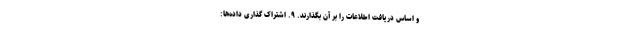
و اساس دریافت اطلاعات را بر آن بگذارند. ۹. اشتراک گذاری داده‌ها: